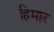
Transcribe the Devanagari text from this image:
हिमार